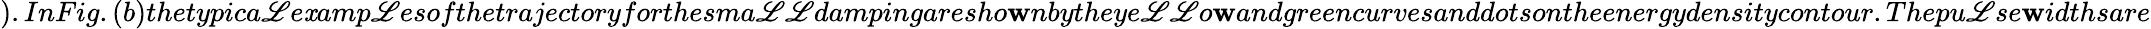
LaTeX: ).InFig.(b)thetypica\mathscr{L}e\mathit{x}amp\mathscr{L}esofthetrajectoryforthesma\mathscr{L}\mathscr{L}dampingaresho\mathbf{w}nbytheye\mathscr{L}\mathscr{L}o\mathbf{w}andgreencurvesanddotsontheenergydensitycontour.Thepu\mathscr{L}se\mathbf{w}idthsare